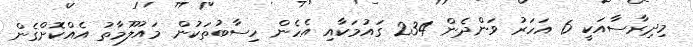
މިދިރާސާއަކީ 6 އަހަރު ވަންދެން 234 ގައުމަކާއި އެހެން ހިސާބުތަކުން މައުލޫމާތު އެއްކޮށްގެން